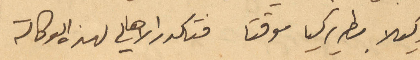
وكيلا بطريركيا موقتا فتكدر الأهالي لهذه الوكالة